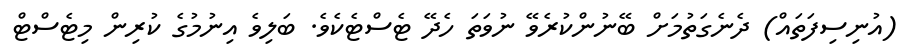
(އުނިސިފަތައް) ދެނެގަތުމަށް ބޭނުންކުރެވޭ ނުވަތަ ހެދޭ ޓެސްޓެކެވެ. ބަލިވެ އިނުމުގެ ކުރިން މިޓެސްޓް